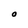
Character: O